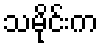
သမိုင်းက